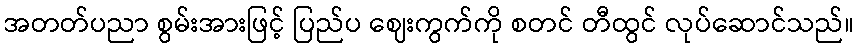
အတတ်ပညာ စွမ်းအားဖြင့် ပြည်ပ ဈေးကွက်ကို စတင် တီထွင် လုပ်ဆောင်သည်။